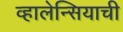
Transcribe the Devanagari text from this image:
व्हालेन्सियाची